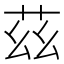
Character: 茲